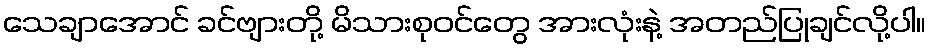
သေချာအောင် ခင်ဗျားတို့ မိသားစုဝင်တွေ အားလုံးနဲ့ အတည်ပြုချင်လို့ပါ။